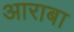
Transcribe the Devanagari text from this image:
आराबा